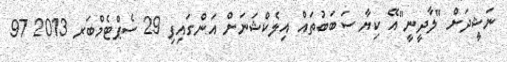
ނަޝީދަށް "ލާދީނީ"އޭ ކިޔާ ސަބަބުތައް އިލެކްޝަނަށް އަންގައިފި 29 ސެޕްޓެމްބަރ 2013 97